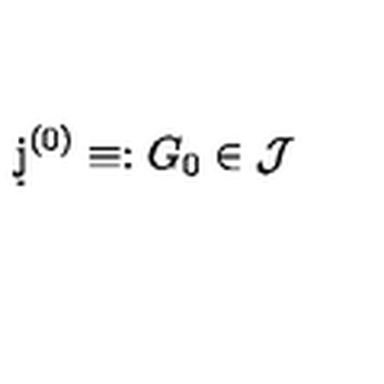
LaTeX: \d j ^ { ( 0 ) } \equiv : G _ { 0 } \in \mathcal { J }